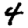
Digit: 4